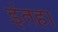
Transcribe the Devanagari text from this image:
इंतहा